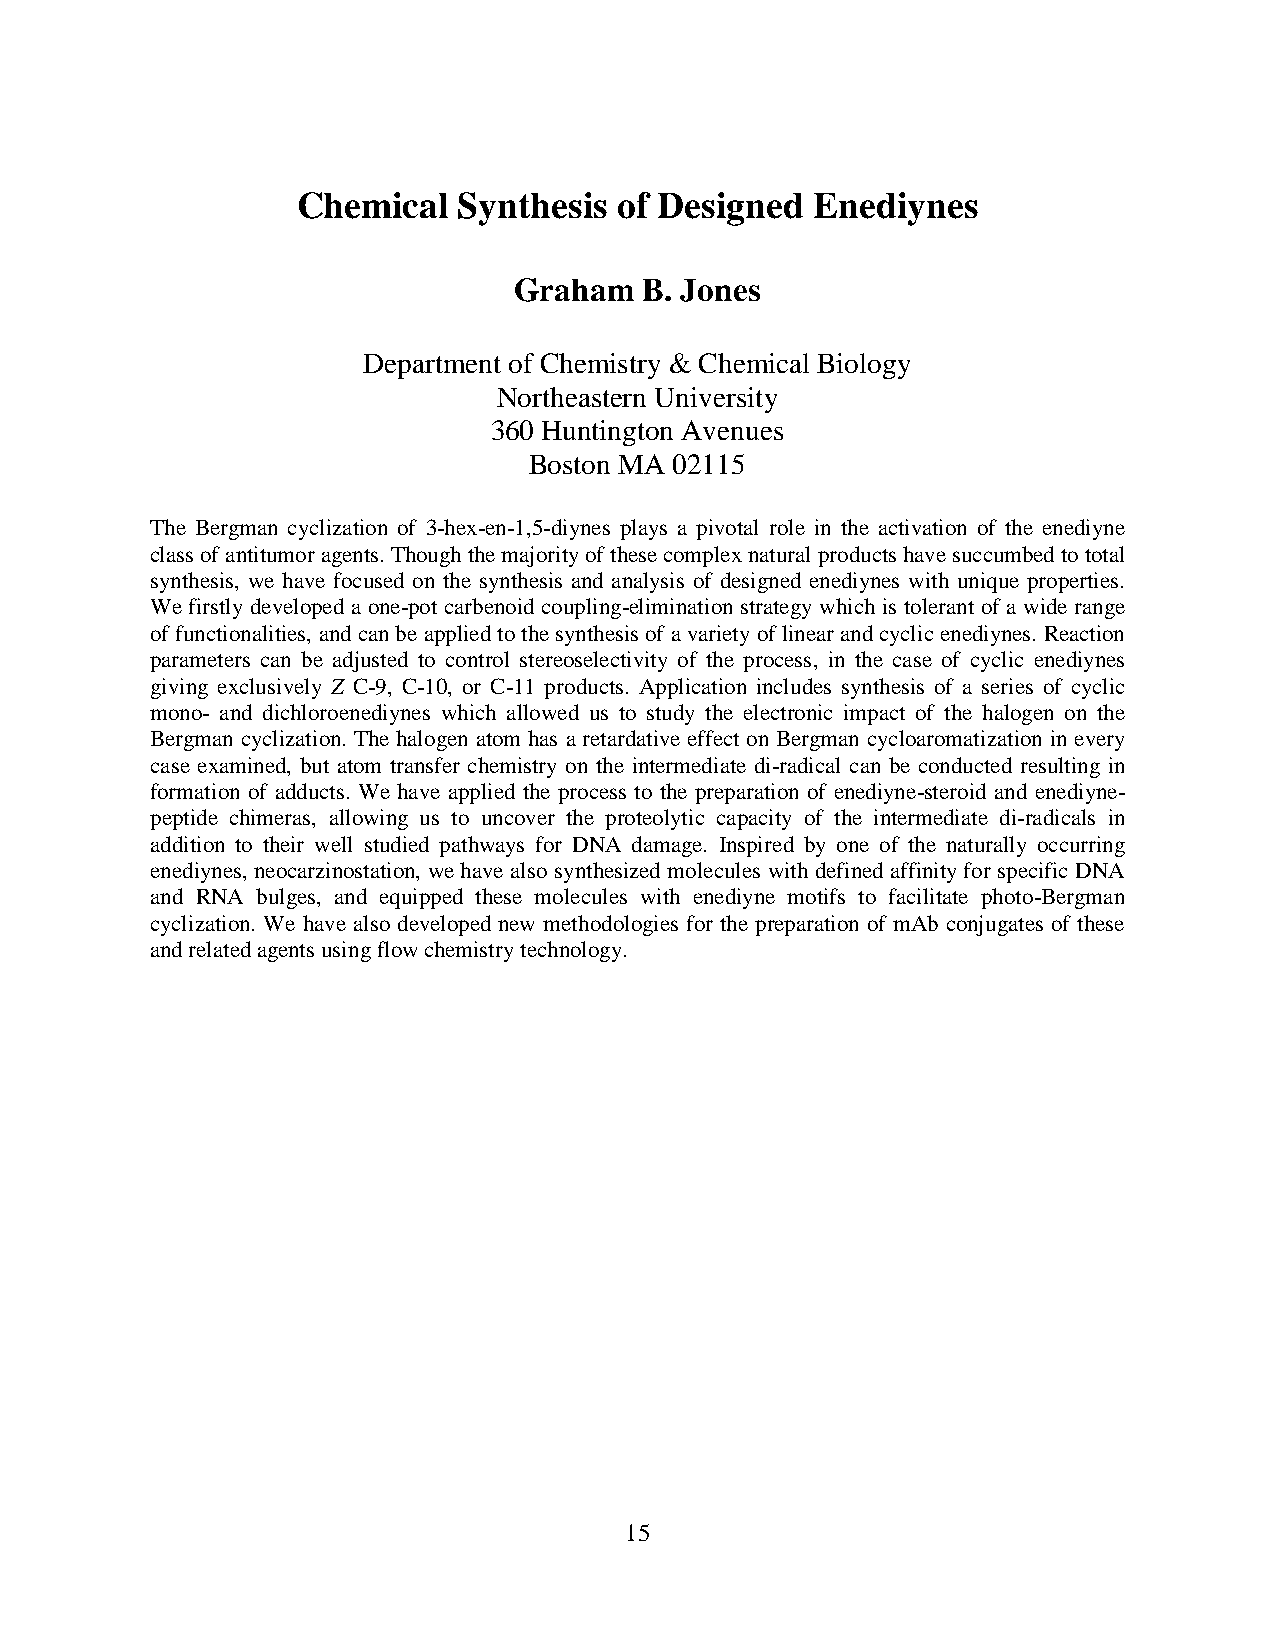
Chemical  Synthesis  of Designed  Enediynes
 Graham   B. Jones
 Department of Chemistry & Chemical Biology
 Northeastern University
 360 Huntington Avenues
 Boston MA 02115
 The Bergman cyclization of 3-hex-en-1,5-diynes plays a pivotal role in the activation of the enediyne
 class of antitumor agents. Though the majority of these complex natural products have succumbed to total
 synthesis, we have focused on the synthesis and analysis of designed enediynes with unique properties.
 We firstly developed a one-pot carbenoid coupling-elimination strategy which is tolerant of a wide range
 of functionalities, and can be applied to the synthesis of a variety of linear and cyclic enediynes. Reaction
 parameters can be adjusted to control stereoselectivity of the process, in the case of cyclic enediynes
 giving exclusively Z C-9, C-10, or C-11 products. Application includes synthesis of a series of cyclic
 mono- and dichloroenediynes which allowed us to study the electronic impact of the halogen on the
 Bergman cyclization. The halogen atom has a retardative effect on Bergman cycloaromatization in every
 case examined, but atom transfer chemistry on the intermediate di-radical can be conducted resulting in
 formation of adducts. We have applied the process to the preparation of enediyne-steroid and enediyne-
 peptide chimeras, allowing us to uncover the proteolytic capacity of the intermediate di-radicals in
 addition to their well studied pathways for DNA damage. Inspired by one of the naturally occurring
 enediynes, neocarzinostation, we have also synthesized molecules with defined affinity for specific DNA
 and RNA bulges, and equipped these molecules with enediyne motifs to facilitate photo-Bergman
 cyclization. We have also developed new methodologies for the preparation of mAb conjugates of these
 and related agents using flow chemistry technology.
 15